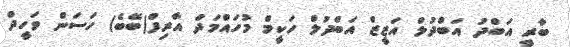
ބާރީ އަބްދު އަބްދުލް އަޒީޒް އަބްދުލް ހަކީމް މުހައްމަދް އާރިފް(ބޭބެ) ހަސަން ވަހީދް